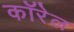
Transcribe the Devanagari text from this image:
कॉरेल